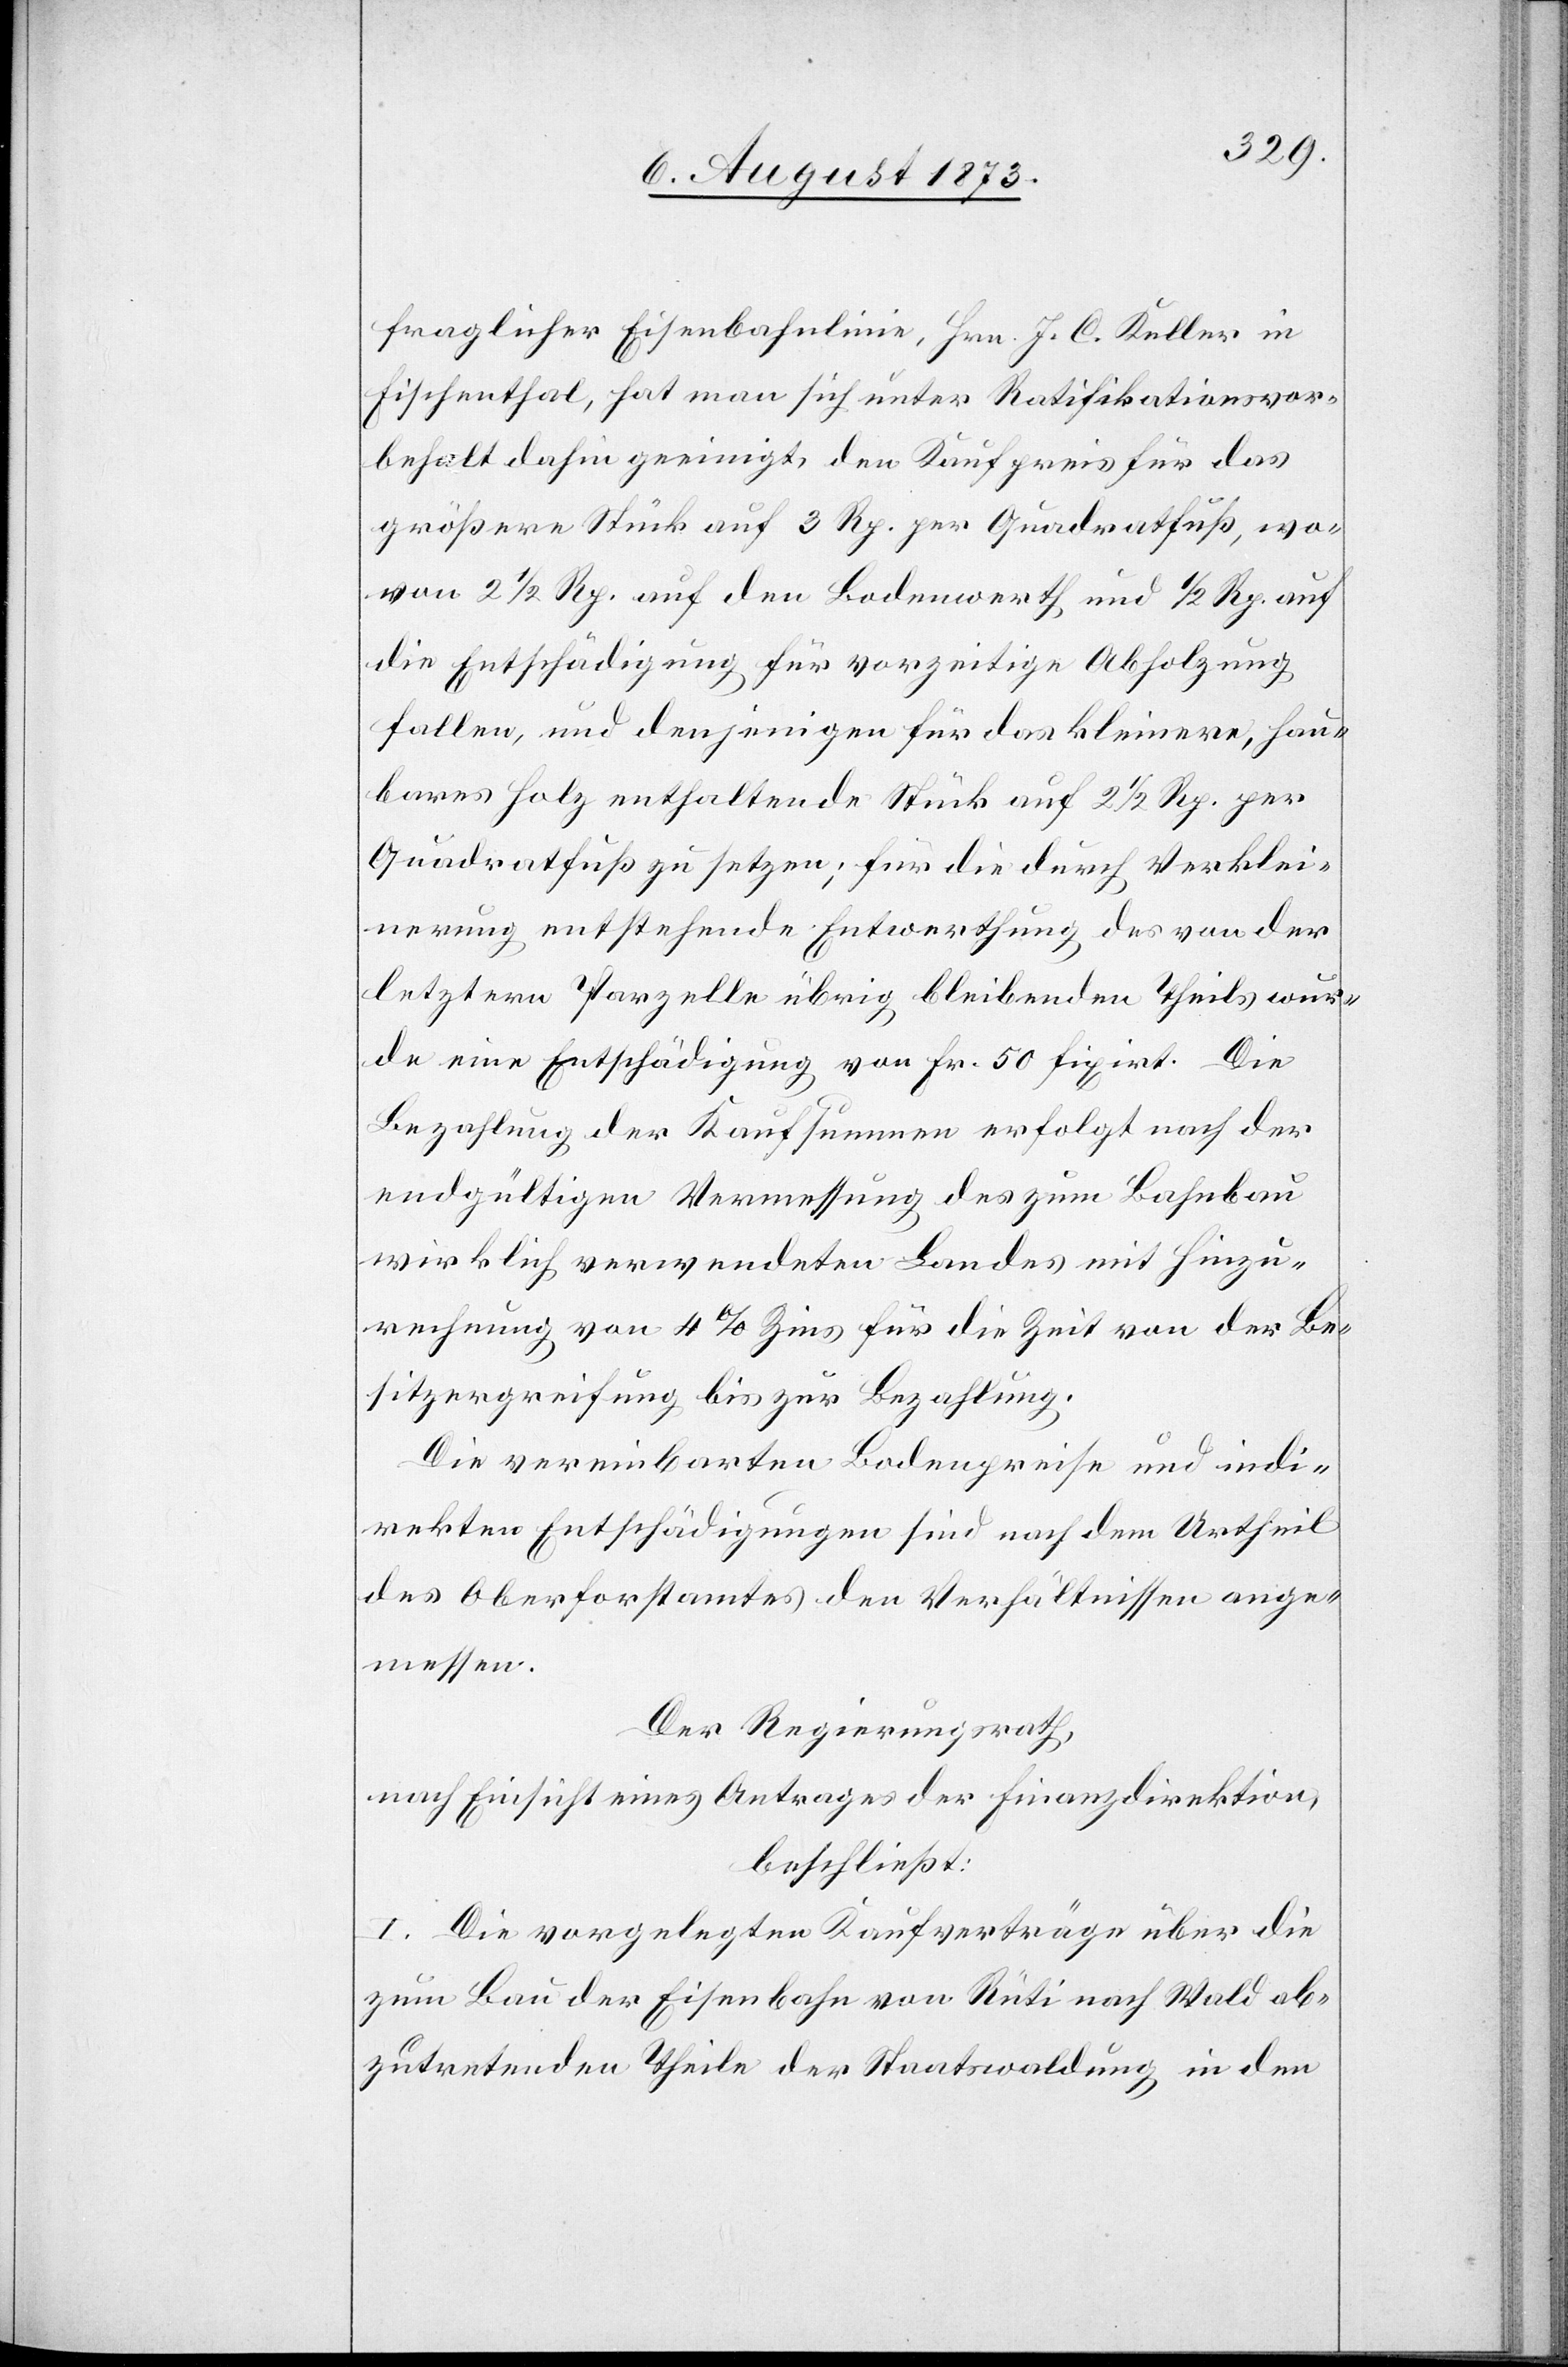
fraglicher Eisenbahnlinie, Hrn. J. C. Keller in
Fischenthal, hat man sich unter Ratifikationsvor¬
behalt dahin geeinigt, den Kaufpreis für das
größere Stück auf 3 Rp. per Quadratfuß, wo¬
von 2 1/2 Rp. auf den Bodenwerth und 1/2 Rp. auf
die Entschädigung für vorzeitige Abholzung
fallen, und denjenigen für das kleinere, hau¬
bares Holz enthaltende Stück auf 2 1/2 Rp. per
Quadratfuß zu setzen; für die durch Verklei¬
nerung entstehende Entwerthung des von der
letztern Parzelle übrig bleibenden Theils wur¬
de eine Entschädigung von Fr. 50 fixirt. Die
Bezahlung der Kaufsummen erfolgt nach der
endgültigen Vermessung des zum Bahnbau
wirklich verwendeten Landes mit Hinzu¬
rechnung von 4% Zins für die Zeit von der Be¬
sitzergreifung bis zur Bezahlung.
Die vereinbarten Bodenpreise und indi¬
rekten Entschädigungen sind nach dem Urtheil
des Oberforstamtes den Verhältnissen ange¬
messen.
Der Regierungsrath,
nach Einsicht eines Antrages der Finanzdirektion,
beschließt:
I. Die vorgelegten Kaufverträge über die
zum Bau der Eisenbahn von Rüti nach Wald ab¬
zutretenden Theile der Staatswaldung in den